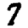
Digit: 7